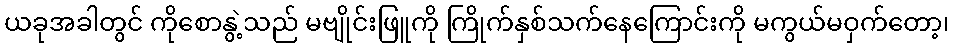
ယခုအခါတွင် ကိုစောနွဲ့သည် မဗျိုင်းဖြူကို ကြိုက်နှစ်သက်နေကြောင်းကို မကွယ်မဝှက်တော့၊